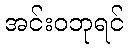
အင်းဝဘုရင်